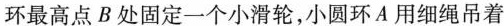
环最高点B处固定一个小滑轮，小圆环A用细绳吊着